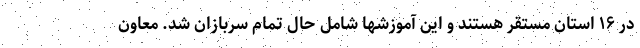
در ۱۶ استان مستقر هستند و این آموزشها شامل حال تمام سربازان شد. معاون